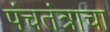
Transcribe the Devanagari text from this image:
पंचतंत्राचा